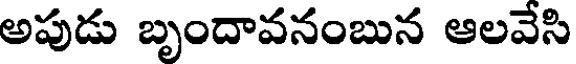
అపుడు బృందావనంబున ఆలవేసి